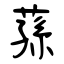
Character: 蓀